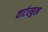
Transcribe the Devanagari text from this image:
वार्टरबुख